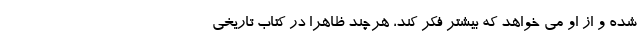
شده و از او می خواهد که بیشتر فکر کند، هرچند ظاهرا در کتاب تاریخی